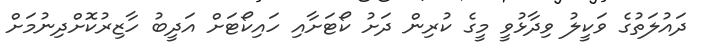
ދައުލަތުގެ ވަކީލު ވިދާޅުވީ މީގެ ކުރިން ދަށު ކޯޓަށާއި ހައިކޯޓަށް އަދީބު ހާޒިރުކޮށްދިނުމަށް